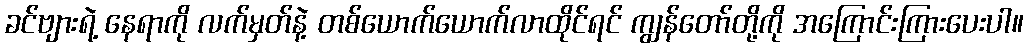
ခင်ဗျားရဲ့ နေရာကို လက်မှတ်နဲ့ တစ်ယောက်ယောက်လာထိုင်ရင် ကျွန်တော်တို့ကို အကြောင်းကြားပေးပါ။